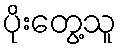
ပိုးတွေ့သူ